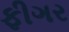
ફીગર